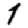
Digit: 1